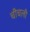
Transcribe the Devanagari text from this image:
चीचली